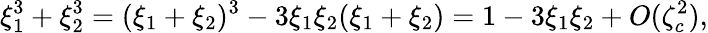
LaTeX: \xi_{1}^{3}+\xi_{2}^{3}=(\xi_{1}+\xi_{2})^{3}-3\xi_{1}\xi_{2}(\xi_{1}+\xi_{2})=1-3\xi_{1}\xi_{2}+O(\zeta_{c}^{2}),